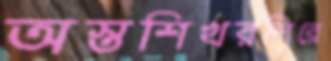
অস্তশিখরশিরে